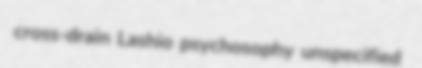
cross-drain Lashio psychosophy unspecified